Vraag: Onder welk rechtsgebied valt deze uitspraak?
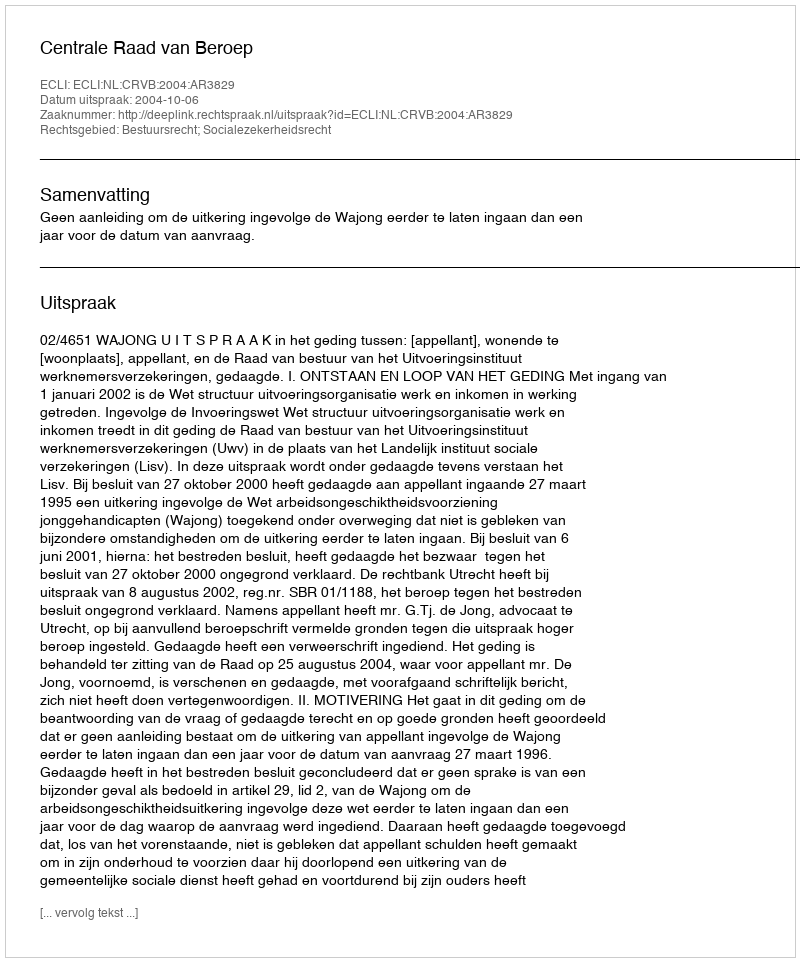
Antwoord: Bestuursrecht; Socialezekerheidsrecht